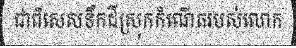
ជាពិសេសទឹកដីស្រុកកំណើតរបស់លោក